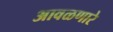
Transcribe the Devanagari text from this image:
आवळणारे